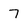
Character: 7